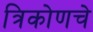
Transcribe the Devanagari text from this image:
त्रिकोणचे